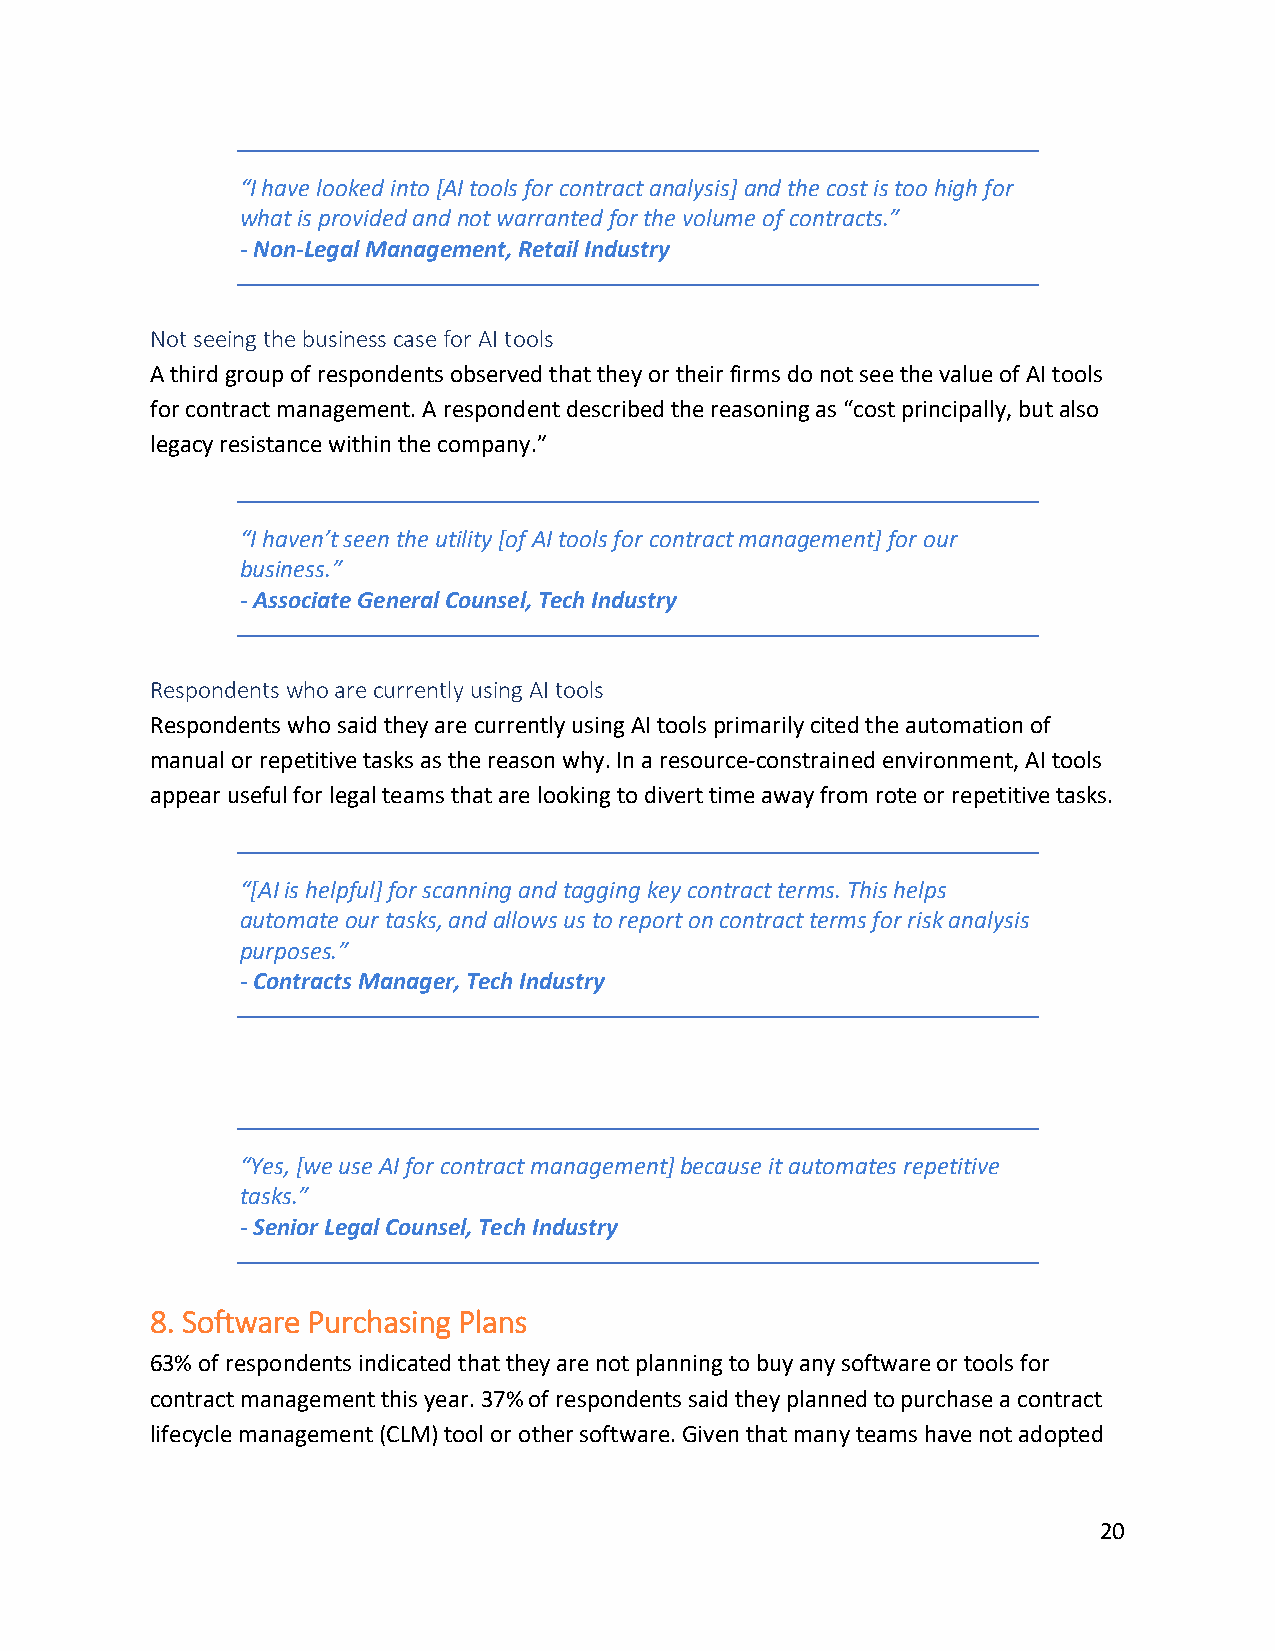
“I have looked into [AI tools for contract analysis] and the cost is too high for
 what is provided and not warranted for the volume of contracts.”
 - Non-Legal Management, Retail Industry
 Not seeing the business case for AI tools
 A third group of respondents observed that they or their firms do not see the value of AI tools
 for contract management. A respondent described the reasoning as “cost principally, but also
 legacy resistance within the company.”
 “I haven’t seen the utility [of AI tools for contract management] for our
 business.”
 - Associate General Counsel, Tech Industry
 Respondents who are currently using AI tools
 Respondents who said they are currently using AI tools primarily cited the automation of
 manual or repetitive tasks as the reason why. In a resource-constrained environment, AI tools
 appear useful for legal teams that are looking to divert time away from rote or repetitive tasks.
 “[AI is helpful] for scanning and tagging key contract terms. This helps
 automate our tasks, and allows us to report on contract terms for risk analysis
 purposes.”
 - Contracts Manager, Tech Industry
 “Yes, [we use AI for contract management] because it automates repetitive
 tasks.”
 - Senior Legal Counsel, Tech Industry
 8. Software Purchasing Plans
 63% of respondents indicated that they are not planning to buy any software or tools for
 contract management this year. 37% of respondents said they planned to purchase a contract
 lifecycle management (CLM) tool or other software. Given that many teams have not adopted
 20